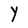
Character: Y